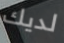
لديك